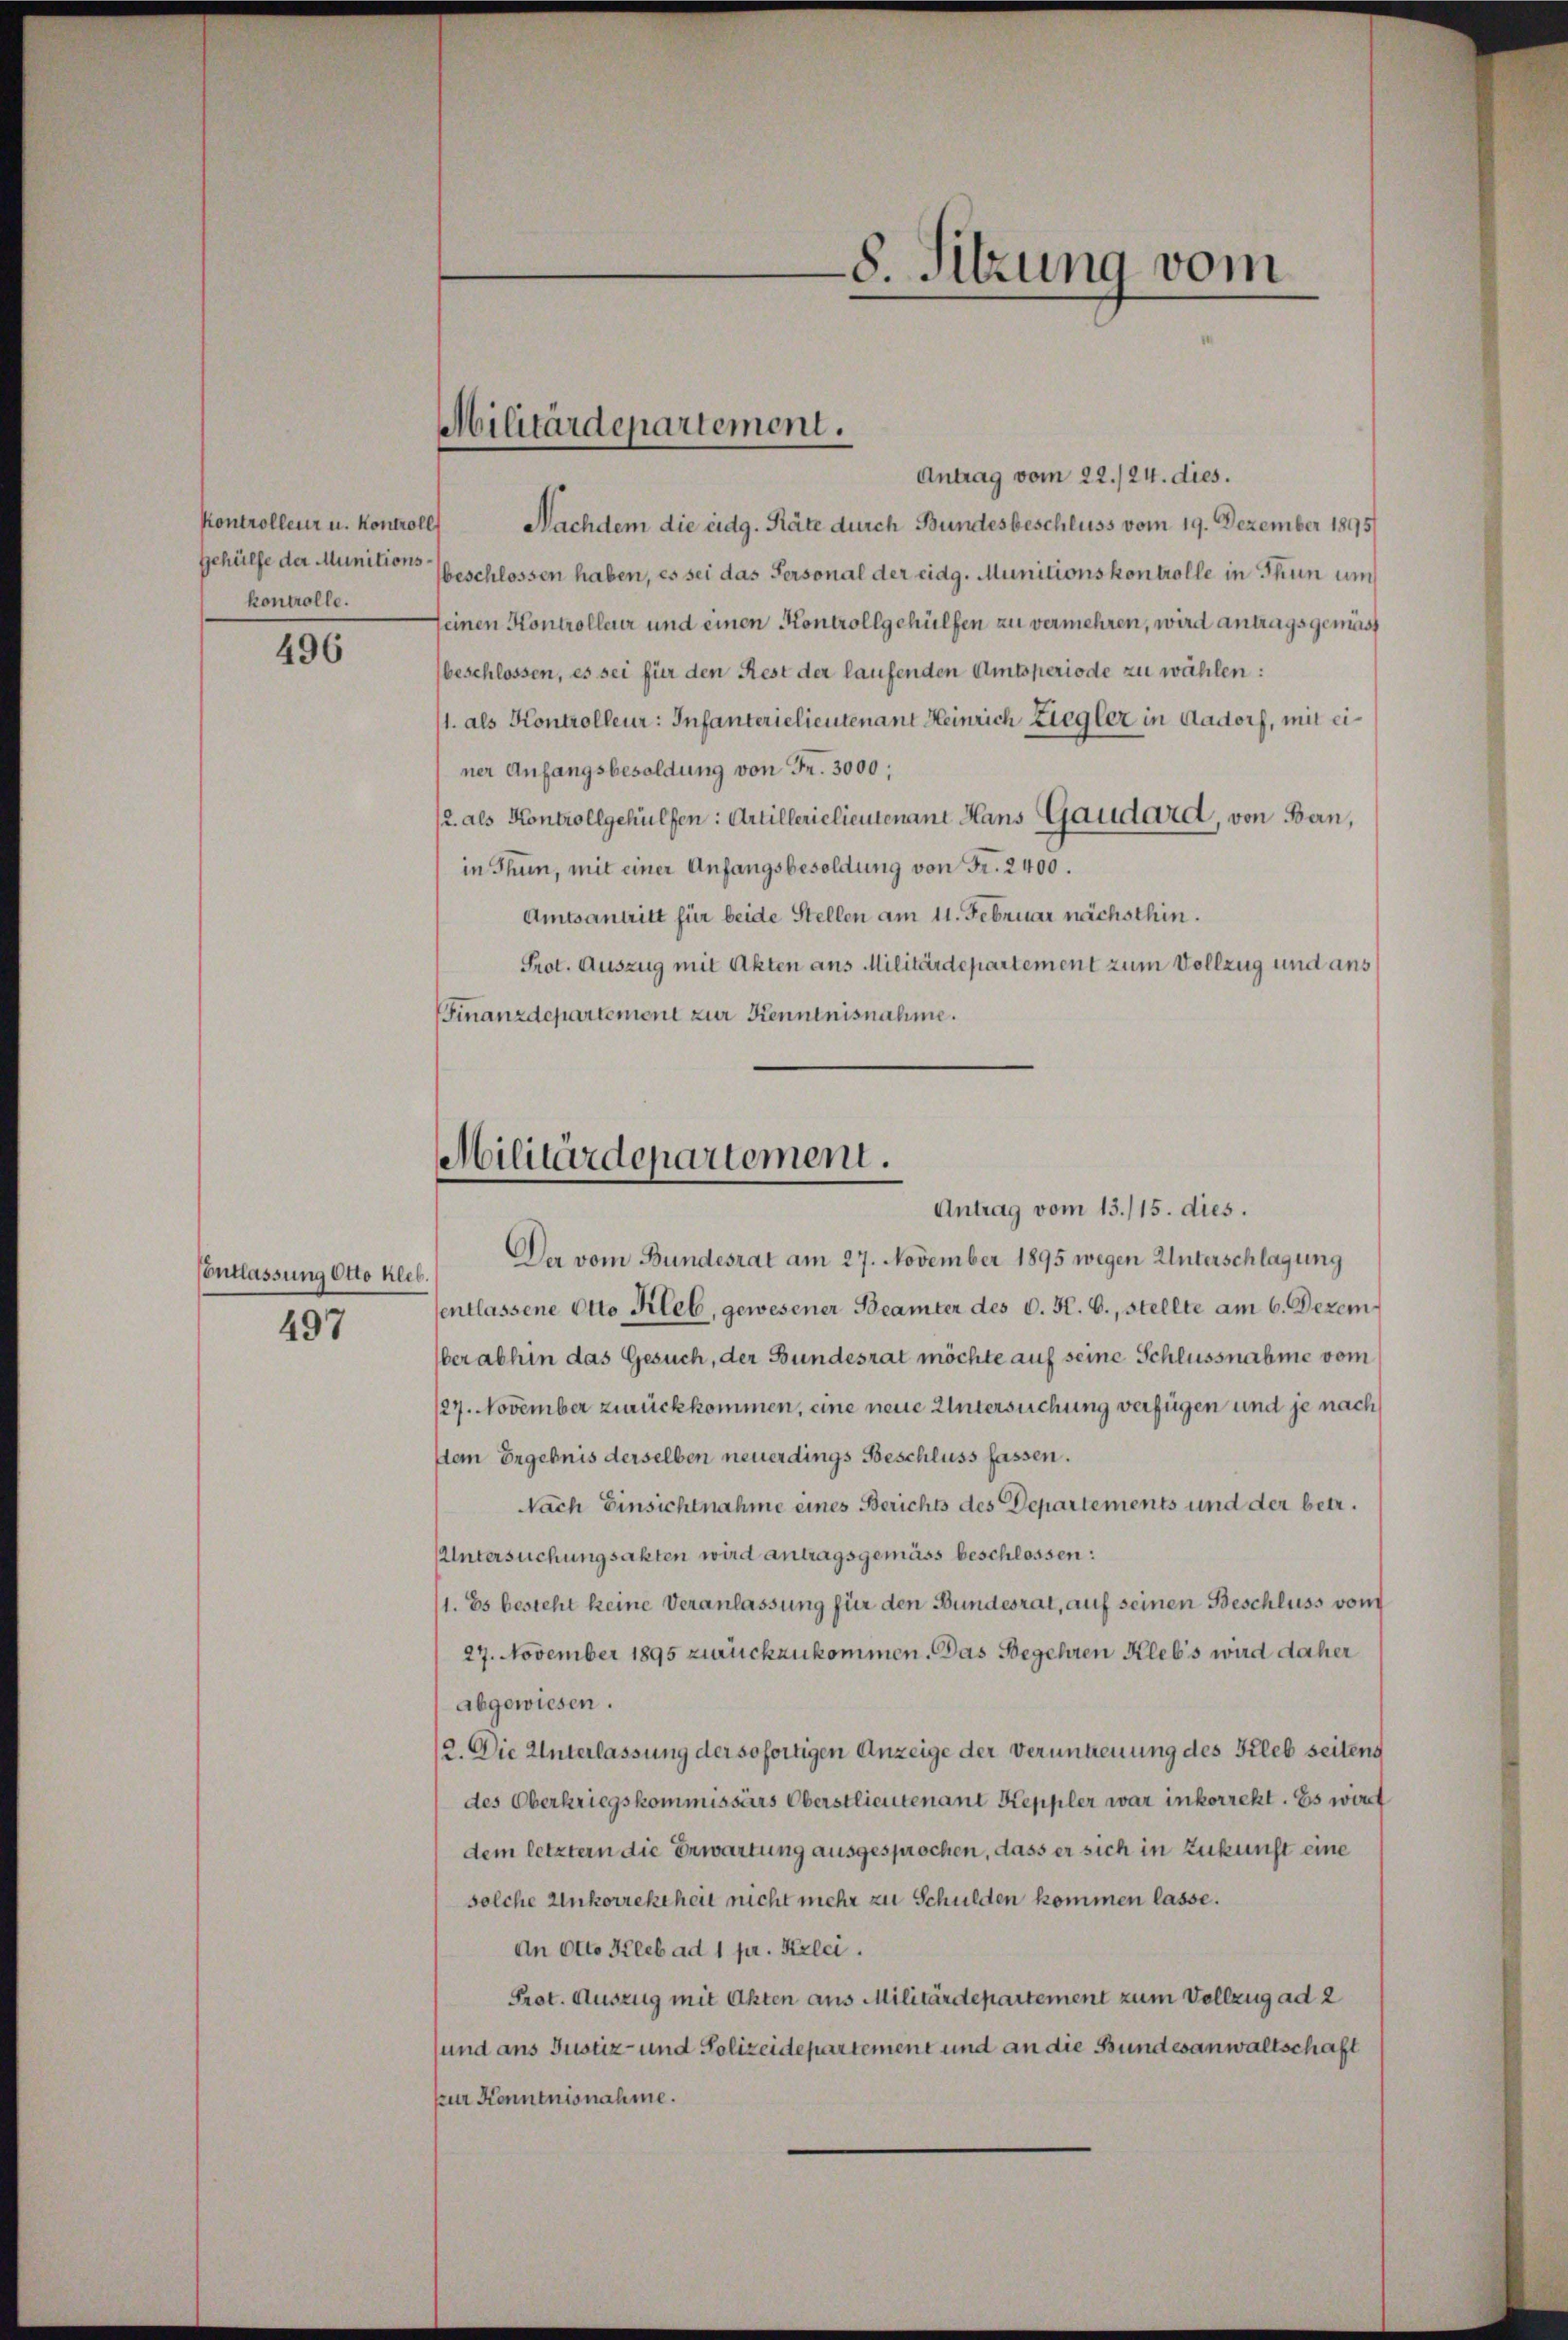
kontrolle.

496

Contlassung Otto kleb
497

Antrag vom 22./24. dies.
kontrolleur u. Kontroll) Nachdem die eidg. Räte durch Bundesbeschluss vom 19. Dezember 1895
Gehülfe der Munitions Geschlossen haben, es sei das Personal der eidg. Munitionskontrolle in Thun um
seinen Kontrolleur und einen Kontrollgehülfen zu vermehren, wird antragsgemäss
beschlossen, es sei für den Rest der laufenden Amtsperiode zu wählen:
1. als Kontrolleur: Infanterielieutenant Heinrich Ziegler in Aadorf, mit einer Anfangsbesoldung von Fr. 3000,
12. als Kontrollgehülfen: Artillerielieutenant Hans Gaudard, von Ban,
in Thun, mit einer Anfangsbesoldung von Fr. 2400.
Amtsantritt für beide Stellen am 11. Februar nächsthin.
Prot. Auszug mit Akten aus Militärdepartement zum Vollzug und aus
Finanzdepartement zur Kenntnisnahme.

Militärdepartement.

8. Sitzung vom

Militärdepartement.
Antrag vom 13./15. dies.

Der vom Bundesrat am 27. November 1895 wegen Unterschlagung
sentlassene Otto Kleb, gewesener Beamter des C. R. G., stellte am 6. Dezem
ber abhin das Gesuch, der Bundesrat möchte auf seine Schlussnahme vom
/27. November zurückkommen, eine neue Untersuchung verfügen und je nach
dem Ergebnis derselben neuerdings Beschluss fassen.
Nach Einsichtnahme eines Berichts des Departements und der betr.
UUntersuchungsakten wird antragsgemäss beschlossen:
1. Es besteht keine Veranlassung für den Bundesrat, auf seinen Beschluss vom
27. November 1895 zurückzukommen. Das Begehren Kleb’s wird daher
abgewiesen.
2. Die Unterlassung der sofortigen Anzeige der Veruntreuung des Kleb seitend
des Oberkriegskommissärs Oberstlieutenant Keppler war inkorrekt. Es wirt
dem letztern die Erwartung ausgesprochen, dass er sich in Zukunft eine
solche Unkorrektheit nicht mehr zu Schulden kommen lasse.
An Otto Kleb ad 1 pr. Kelci.
Prot. Auszug mit Akten aus Militärdepartement zum Vollzug ad 2
sund ans Justiz- und Polizeidepartement und an die Bundesanwaltschaft
zur Kenntnisnahme.